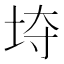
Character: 𱖡